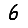
Digit: 6